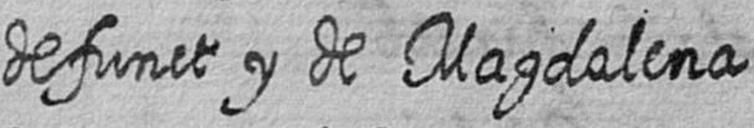
defunct y de Magdalena